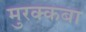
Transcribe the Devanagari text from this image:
मुरक्कबा